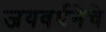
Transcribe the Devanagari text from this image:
जयवर्धनेचे